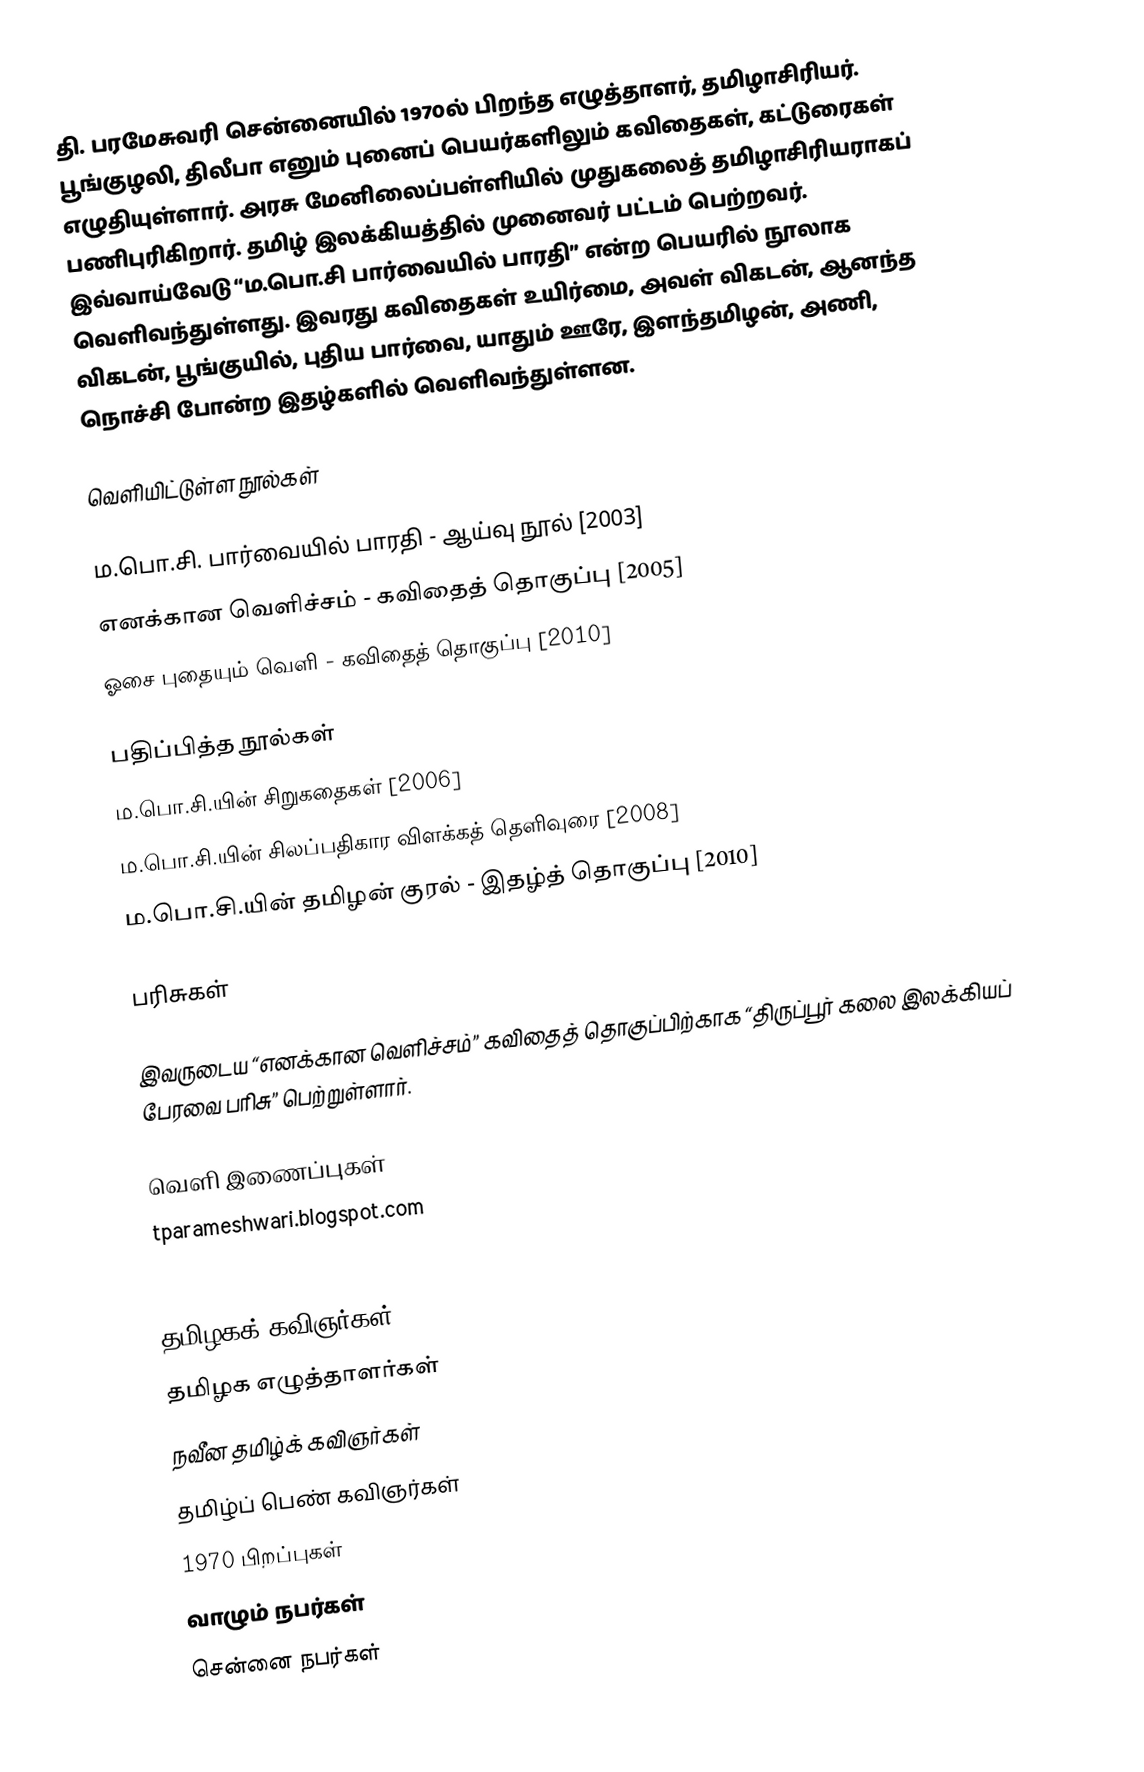
தி. பரமேசுவரி சென்னையில் 1970ல் பிறந்த எழுத்தாளர், தமிழாசிரியர். பூங்குழலி, திலீபா எனும் புனைப் பெயர்களிலும் கவிதைகள், கட்டுரைகள் எழுதியுள்ளார். அரசு மேனிலைப்பள்ளியில் முதுகலைத் தமிழாசிரியராகப் பணிபுரிகிறார். தமிழ் இலக்கியத்தில் முனைவர் பட்டம் பெற்றவர். இவ்வாய்வேடு “ம.பொ.சி பார்வையில் பாரதி” என்ற பெயரில் நூலாக வெளிவந்துள்ளது. இவரது கவிதைகள் உயிர்மை, அவள் விகடன், ஆனந்த விகடன், பூங்குயில், புதிய பார்வை, யாதும் ஊரே, இளந்தமிழன், அணி, நொச்சி போன்ற இதழ்களில் வெளிவந்துள்ளன.

வெளியிட்டுள்ள நூல்கள்

ம.பொ.சி. பார்வையில் பாரதி - ஆய்வு நூல் [2003]
எனக்கான வெளிச்சம் - கவிதைத் தொகுப்பு [2005]
ஓசை புதையும் வெளி - கவிதைத் தொகுப்பு [2010]

பதிப்பித்த நூல்கள்
ம.பொ.சி.யின் சிறுகதைகள் [2006]
ம.பொ.சி.யின் சிலப்பதிகார விளக்கத் தெளிவுரை [2008]
ம.பொ.சி.யின் தமிழன் குரல் - இதழ்த் தொகுப்பு [2010]

பரிசுகள்

இவருடைய “எனக்கான வெளிச்சம்” கவிதைத் தொகுப்பிற்காக “திருப்பூர் கலை இலக்கியப் பேரவை பரிசு” பெற்றுள்ளார்.

வெளி இணைப்புகள்
tparameshwari.blogspot.com
facebook.com/t.parameswari

தமிழகக் கவிஞர்கள்
தமிழக எழுத்தாளர்கள்
நவீன தமிழ்க் கவிஞர்கள்
தமிழ்ப் பெண் கவிஞர்கள்
1970 பிறப்புகள்
வாழும் நபர்கள்
சென்னை நபர்கள்